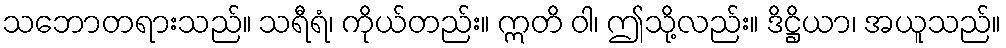
သဘောတရားသည်။ သရီရံ၊ ကိုယ်တည်း။ ဣတိ ဝါ၊ ဤသို့လည်း။ ဒိဋ္ဌိယာ၊ အယူသည်။